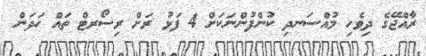
ރާއްޖޭގެ ދިވެހި މުއްސަނދި ކުންފުންނަކަށް 4 ފަޅު ރަށް ރިސޯރޓް ތައް ހަދަން